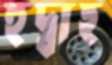
হূদ্বাহ